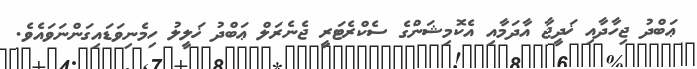
ޢަބްދު ޖިހާދާއި ޚަދީޖާ އާދަމާއި އެކޮމިޝަންގެ ސެކްރެޓަރީ ޖެނެރަލް ޢަބްދު ޚަލީލު ހިމެނިވަޑައިގަންނަވައެވެ.